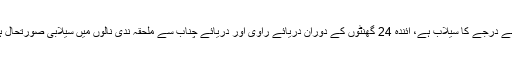
محکمہ موسمیات کے مطابق بارشوں کے باعث دریائے کابل میں نوشہرہ کے مقام پر درمیانے درجے کا سیلاب ہے، آئندہ 24 گھنٹوں کے دوران دریائے راوی اور دریائے چناب سے ملحقہ ندی نالوں میں سیلابی صورتحال ہوگی، ڈی جی خان کے پہاڑی ندی نالوں میں بھی نچلے سے درمیانے درجے کا سیلاب ہوگا۔